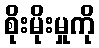
စိုးမိုးမှုကို